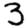
Digit: 3